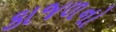
કાજળનો